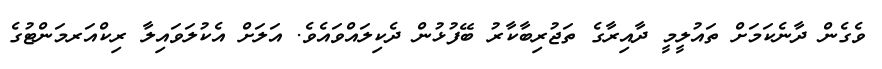
ވެގެން ދާނެކަމަށް ތައުލީމީ ދާއިރާގެ ތަޖުރިބާކާރު ބޭފުޅުން ދެކިލައްވައެވެ. އަލަށް އެކުލަވައިލާ ރިކްއަރމަންޓުގެ